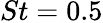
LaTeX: St=0{.}5